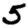
Digit: 5